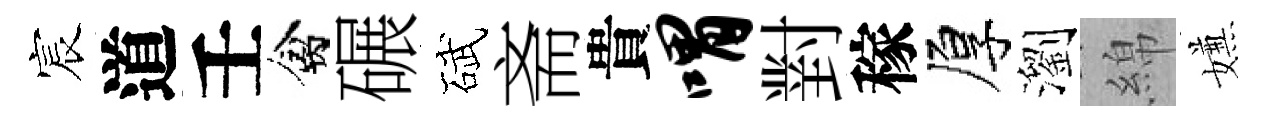
宸道壬禽碾碔斋貴喟對稼厚瀏綿嫌